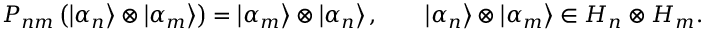
P _ { n m } \left( \left| \alpha _ { n } \right\rangle \otimes \left| \alpha _ { m } \right\rangle \right) = \left| \alpha _ { m } \right\rangle \otimes \left| \alpha _ { n } \right\rangle , \qquad \left| \alpha _ { n } \right\rangle \otimes \left| \alpha _ { m } \right\rangle \in { \cal H } _ { n } \otimes { \cal H } _ { m } .